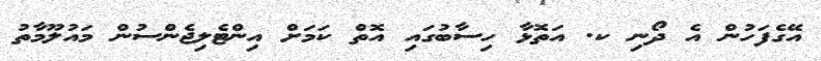
އޭގެފަހުން އެ ދޯނި ކ. އަތޮޅާ ހިސާބުގައި އޮތް ކަމަށް އިންޓެލިޖެންސުން މައުލޫމާތު